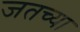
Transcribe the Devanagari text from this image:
जतच्या